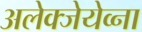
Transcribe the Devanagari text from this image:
अलेक्जेयेव्ना